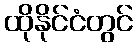
ထိုနိုင်ငံတွင်